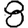
Digit: 8